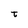
Character: t